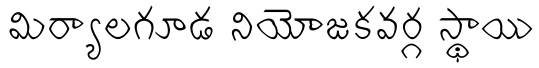
మిర్యాలగూడ నియోజకవర్గ స్థాయి